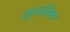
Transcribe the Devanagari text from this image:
सूरतमिश्र